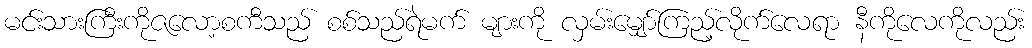
မင်းသားကြီးကိုဇလော့စကီသည် စစ်သည်ရဲမက် များကို လှမ်းမျှော်ကြည့်လိုက်လေရာ နီကိုလေကိုလည်း